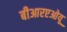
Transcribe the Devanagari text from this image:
बीआरएओयू